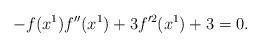
LaTeX: \begin{align*} -f(x^1)f''(x^1)+3f'^2(x^1)+3=0.\end{align*}